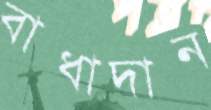
বাধাদান